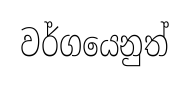
වර්ගයෙනුත්